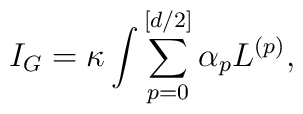
I_{G}=\kappa \int \sum_{p=0}^{[d/2]}\alpha _{p}L^{(p)},